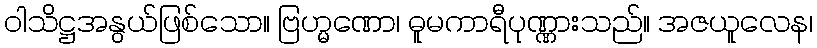
ဝါသိဋ္ဌအနွယ်ဖြစ်သော။ ဗြဟ္မဏော၊ ဓူမကာရီပုဏ္ဏားသည်။ အဇယူလေန၊